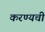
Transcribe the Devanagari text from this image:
करण्यची